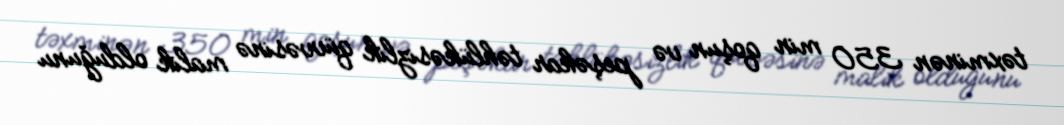
təxminən 350 min qoşun və peşəkar təhlükəsizlik qüvvəsinə malik olduğunu